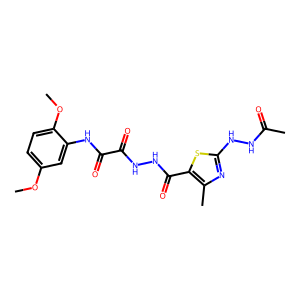
SMILES: COc1ccc(OC)c(NC(=O)C(=O)NNC(=O)c2sc(NNC(C)=O)nc2C)c1
Inhibits HIV replication: No